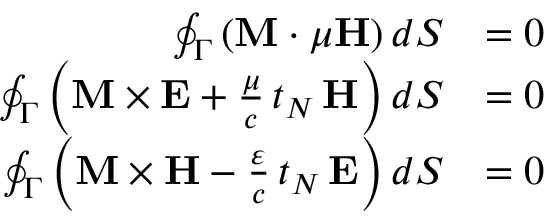
{ \begin{array} { r l } { \oint _ { \Gamma } \left( \mathbf { M } \cdot \mu \mathbf { H } \right) d S } & { = 0 } \\ { \oint _ { \Gamma } \left( \mathbf { M } \times \mathbf { E } + { \frac { \mu } { c } } \, t _ { N } \, \mathbf { H } \right) d S } & { = 0 } \\ { \oint _ { \Gamma } \left( \mathbf { M } \times \mathbf { H } - { \frac { \varepsilon } { c } } \, t _ { N } \, \mathbf { E } \right) d S } & { = 0 } \end{array} }